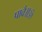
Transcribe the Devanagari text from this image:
पावै॥ॐ